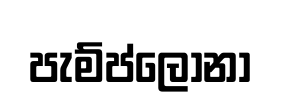
පැම්ප්ලෝනා